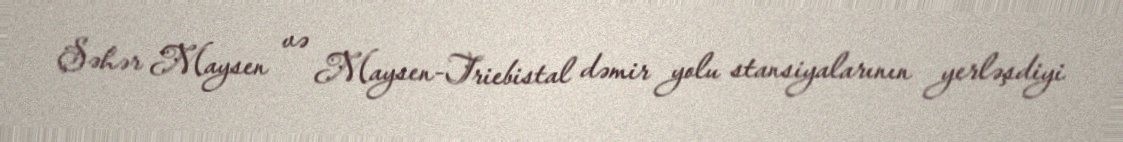
Şəhər Maysen və Maysen-Triebistal dəmir yolu stansiyalarının yerləşdiyi